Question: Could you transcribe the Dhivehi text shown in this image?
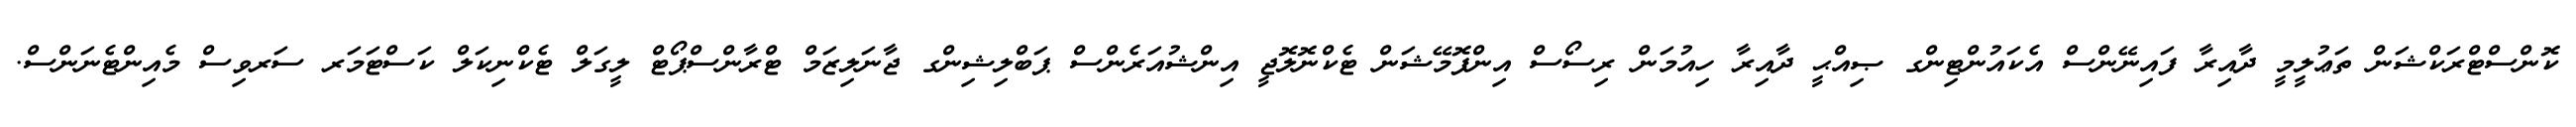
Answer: ކޮންސްޓްރަކްޝަން ތަޢުލީމީ ދާއިރާ ފައިނޭންސް އެކައުންޓިންގ ޞިއްޙީ ދާއިރާ ހިއުމަން ރިސޯސް އިންފޮމޭޝަން ޓެކްނޮލޮޖީ އިންޝުއަރެންސް ޕަބްލިޝިންގ ޖާނަލިޒަމް ޓްރާންސްޕޯޓް ލީގަލް ޓެކްނިކަލް ކަސްޓަމަރ ސަރވިސް މެއިންޓެނަންސް.